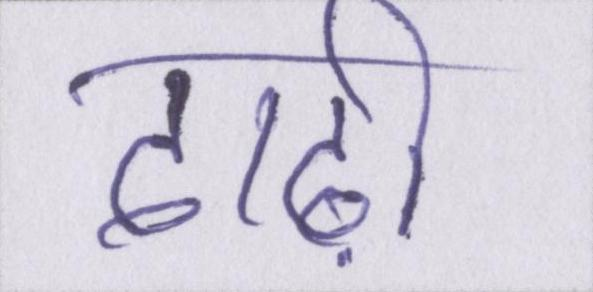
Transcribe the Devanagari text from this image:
दाढ़ी